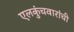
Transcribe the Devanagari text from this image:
एलकुंचवारांची